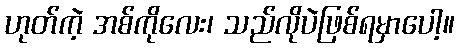
ဟုတ်ကဲ့ အစ်ကိုလေး၊ သည်လိုပဲဖြစ်ရမှာပေါ့။